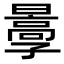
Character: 𡦩